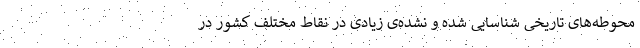
محوطه‌های تاریخی شناسایی شده و نشده‌ی زیادی در نقاط مختلف کشور در